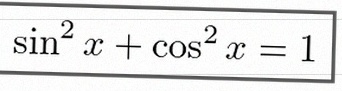
\sin^2x+\cos^2x=1